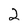
Character: 2